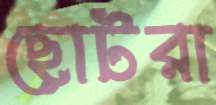
ছোটরা